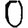
Digit: 0